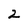
Character: 2